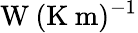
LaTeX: \textrm{W}\: (\textrm{K}\: \textrm{m})^{-1}